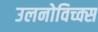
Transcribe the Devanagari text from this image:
उलनोविच्क्स